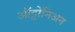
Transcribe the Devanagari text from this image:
ऑट्टोनिअन